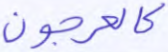
كالعرجون